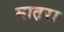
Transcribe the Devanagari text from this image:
मात़रा